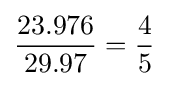
{\frac {23.976}{29.97}}={\frac {4}{5}}